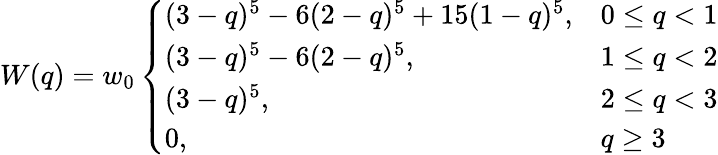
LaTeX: W(q)=w_{0}\left\{ \begin{array}{ll}{(3-q)^{5}-6(2-q)^{5}+15(1-q)^{5},}&{0\le q<1}\\ {(3-q)^{5}-6(2-q)^{5},}&{1\le q<2}\\ {(3-q)^{5},}&{2\le q<3}\\ {0,}&{q\ge 3}\end{array}\right.